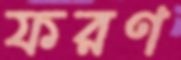
ফরণ